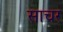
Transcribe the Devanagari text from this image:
साचर